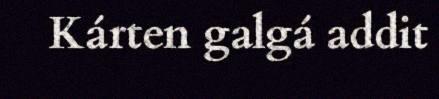
Kárten galgá addit